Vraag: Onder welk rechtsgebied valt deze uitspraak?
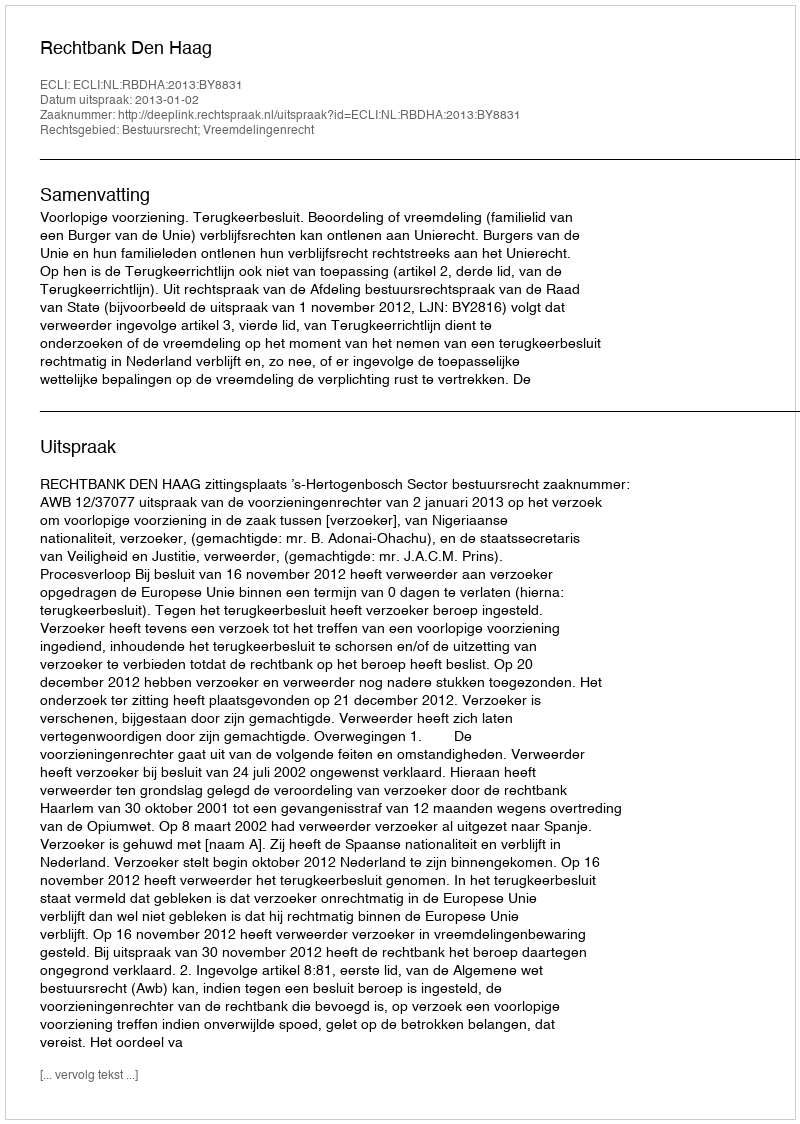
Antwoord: Bestuursrecht; Vreemdelingenrecht